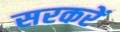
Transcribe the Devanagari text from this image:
सरकरें